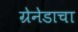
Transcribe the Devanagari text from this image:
ग्रेनेडाचा